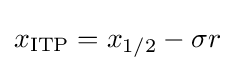
x_{\text{ITP}}=x_{1/2}-\sigma r